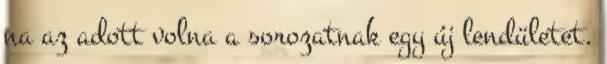
na az adott volna a sorozatnak egy új lendületet.